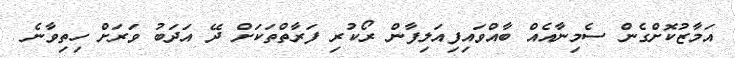
އަމާޒުކޮށްގެން ސެމިނާއެއް ބާއްވައިފިއަލިފާން ރޯކުރި ފަރާތްތަކަށް ދޭ އަދަބު ވަރަށް ހިތިވާނެ